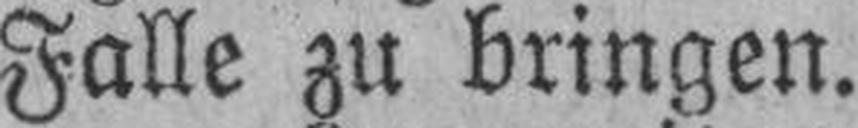
Falle zu bringen.